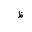
Letter: _za